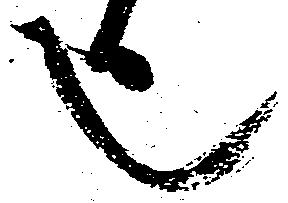
也